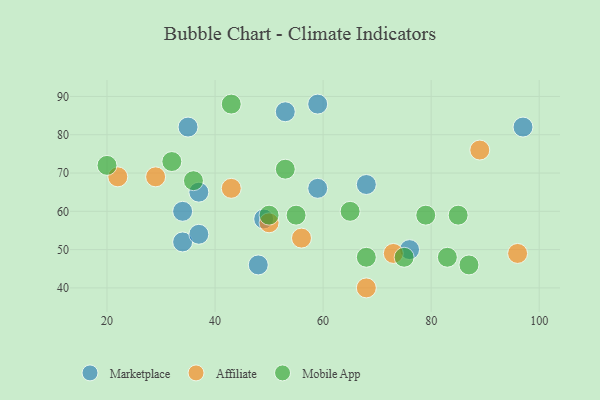
{"axis": {"x": "GDP", "y": "Life Expectancy"}, "legend": ["Affiliate", "Marketplace", "Mobile App"], "data": [{"x": "97", "y": 82, "type": "Marketplace"}, {"x": "59", "y": 66, "type": "Marketplace"}, {"x": "37", "y": 65, "type": "Marketplace"}, {"x": "34", "y": 52, "type": "Marketplace"}, {"x": "37", "y": 54, "type": "Marketplace"}, {"x": "35", "y": 82, "type": "Marketplace"}, {"x": "34", "y": 60, "type": "Marketplace"}, {"x": "48", "y": 46, "type": "Marketplace"}, {"x": "68", "y": 67, "type": "Marketplace"}, {"x": "76", "y": 50, "type": "Marketplace"}, {"x": "59", "y": 88, "type": "Marketplace"}, {"x": "49", "y": 58, "type": "Marketplace"}, {"x": "53", "y": 86, "type": "Marketplace"}, {"x": "73", "y": 49, "type": "Affiliate"}, {"x": "96", "y": 49, "type": "Affiliate"}, {"x": "50", "y": 57, "type": "Affiliate"}, {"x": "89", "y": 76, "type": "Affiliate"}, {"x": "68", "y": 40, "type": "Affiliate"}, {"x": "22", "y": 69, "type": "Affiliate"}, {"x": "43", "y": 66, "type": "Affiliate"}, {"x": "29", "y": 69, "type": "Affiliate"}, {"x": "56", "y": 53, "type": "Affiliate"}, {"x": "75", "y": 48, "type": "Mobile App"}, {"x": "79", "y": 59, "type": "Mobile App"}, {"x": "65", "y": 60, "type": "Mobile App"}, {"x": "68", "y": 48, "type": "Mobile App"}, {"x": "53", "y": 71, "type": "Mobile App"}, {"x": "32", "y": 73, "type": "Mobile App"}, {"x": "50", "y": 59, "type": "Mobile App"}, {"x": "55", "y": 59, "type": "Mobile App"}, {"x": "43", "y": 88, "type": "Mobile App"}, {"x": "87", "y": 46, "type": "Mobile App"}, {"x": "85", "y": 59, "type": "Mobile App"}, {"x": "20", "y": 72, "type": "Mobile App"}, {"x": "36", "y": 68, "type": "Mobile App"}, {"x": "83", "y": 48, "type": "Mobile App"}]}